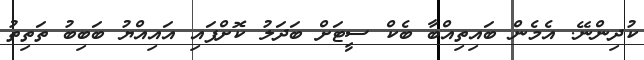
ކުދިންނޭ. އެމެން ބައިތިއްބާ ބެކް ސީޓަށް ބަދަލު ކޮށްފައި އައިއްޔު ބަބިބު ތަތިތު